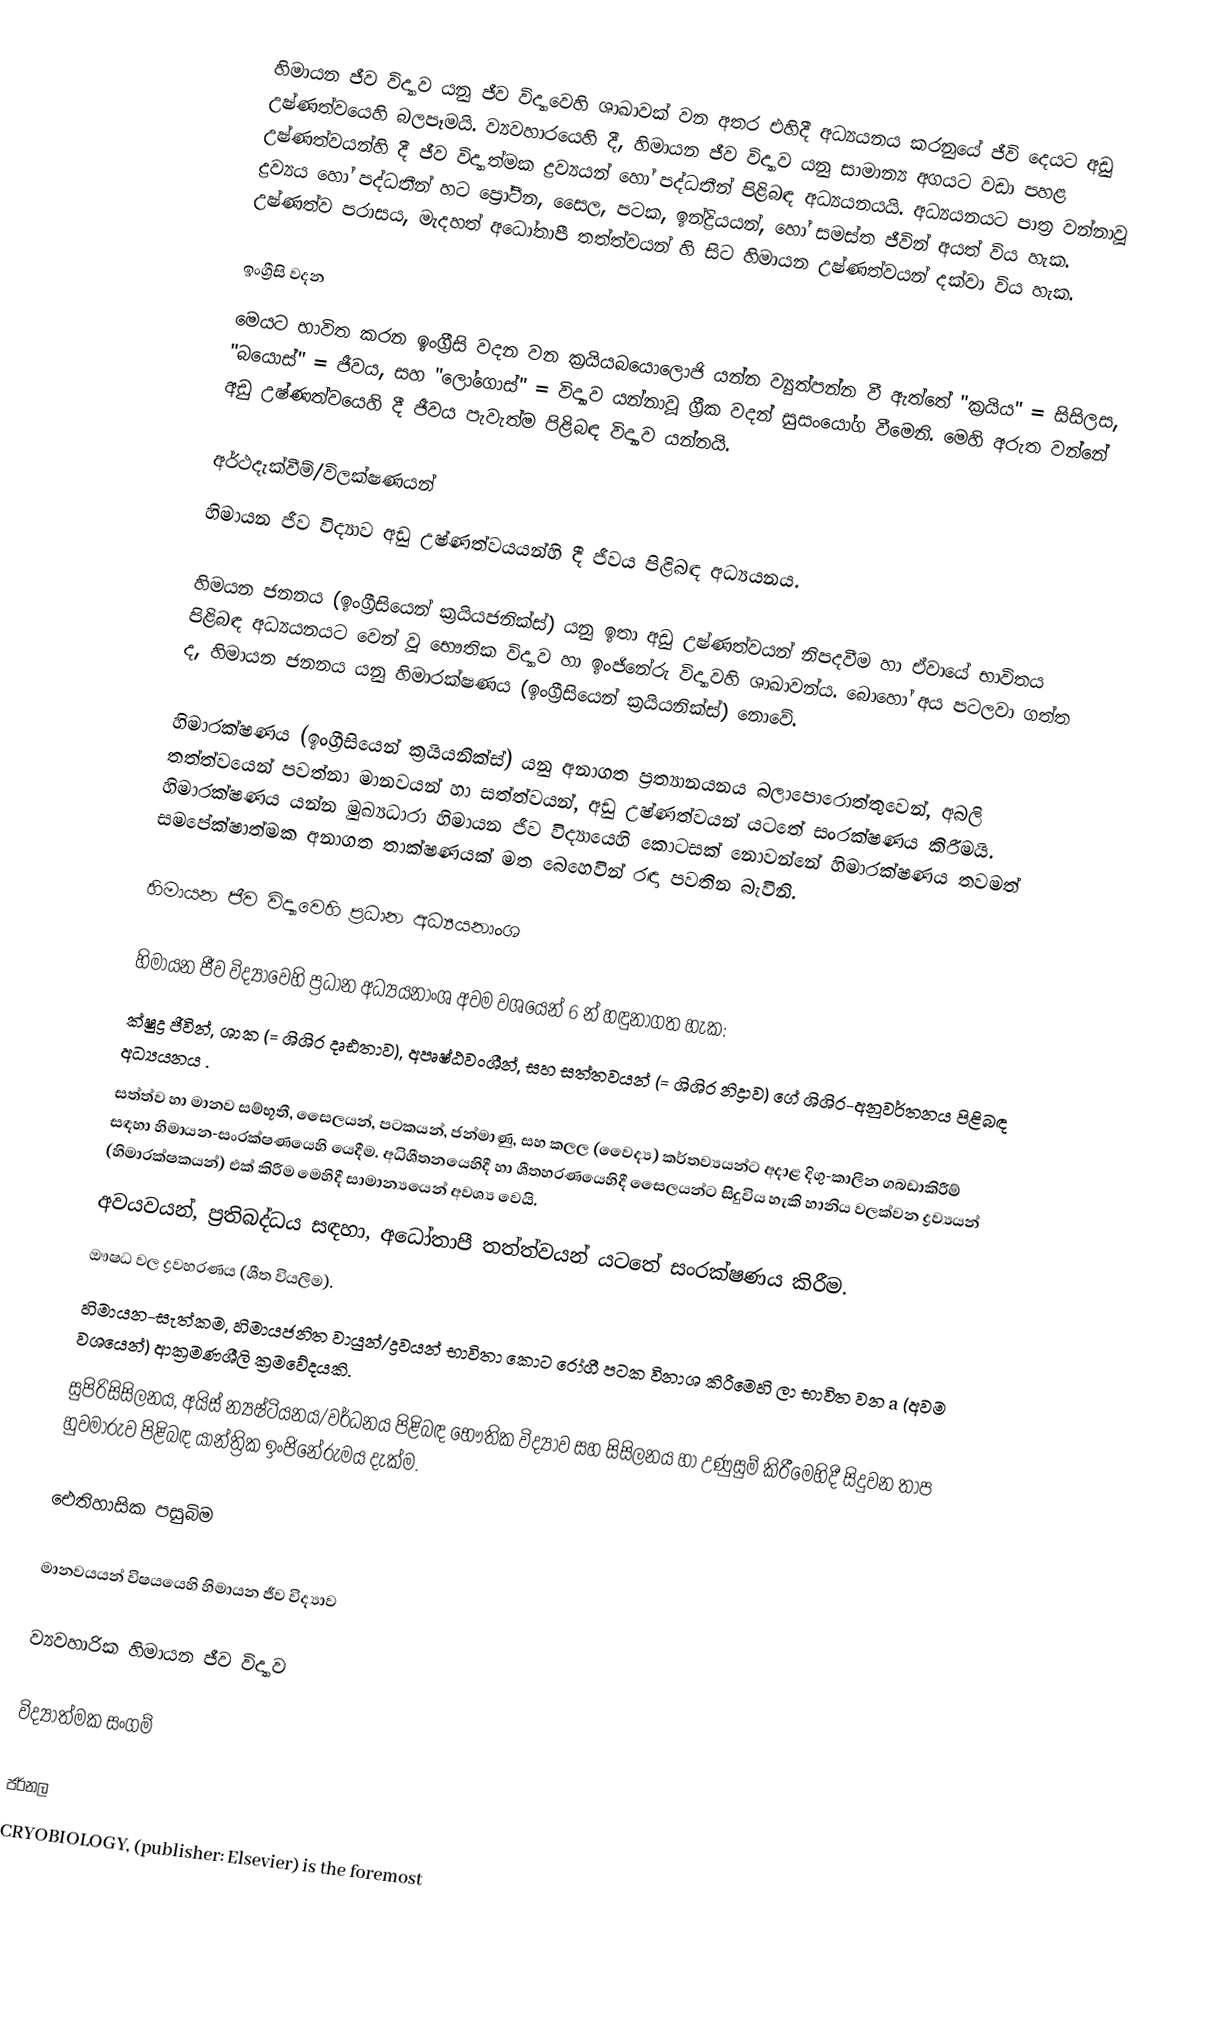
හිමායන ජීව විද්‍යාව යනු ජීව විද්‍යාවෙහි ශාඛාවක් වන අතර එහිදී අධ්‍යයනය කරනුයේ ජීවි දෙයට අඩු උෂ්ණත්වයෙහි බලපෑමයි. ව්‍යවහාරයෙහි දී, හිමායන ජීව විද්‍යාව යනු සාමාන්‍ය අගයට වඩා පහළ උෂ්ණත්වයන්හි දී ජීව විද්‍යාත්මක ද්‍රව්‍යයන් හෝ පද්ධතීන් පිළිබඳ අධ්‍යයනයයි. අධ්‍යයනයට පාත්‍ර වන්නාවූ ද්‍රව්‍යය හෝ පද්ධතීන් හට ප්‍රෝටීන, සෛල, පටක, ඉන්ද්‍රියයන්, හෝ සමස්ත ජීවින් අයත් විය හැක. උෂ්ණත්ව පරාසය, මැදහත් අධෝතාපී තත්ත්වයන් හි සිට හිමායන උෂ්ණත්වයන් දක්වා විය හැක.

ඉංග්‍රීසි වදන
මෙයට භාවිත කරන ඉංග්‍රීසි වදන වන ක්‍රයියබයොලොජි යන්න ව්‍යුත්පන්න වී ඇත්තේ "ක්‍රයිය" = සිසිලස, "බයොස්" = ජීවය, සහ "ලෝගොස්" = විද්‍යාව යන්නාවූ ග්‍රීක වදන් සුසංයෝග වීමෙනි. මෙහි අරුත වන්නේ අඩු උෂ්ණත්වයෙහි දී ජීවය පැවැත්ම පිළිබඳ විද්‍යාව යන්නයි.

අර්ථදැක්වීම්/විලක්ෂණයන්
හිමායන ජීව විද්‍යාව අඩු උෂ්ණත්වයයන්හි දී ජීවය පිළිබඳ අධ්‍යයනය.

හිමයන ජනනය (ඉංග්‍රීසියෙන් ක්‍රයියජනික්ස්) යනු ඉතා අඩු උෂ්ණත්වයන් නිපදවීම හා ඒවායේ භාවිතය පිළිබඳ අධ්‍යයනයට වෙන් වූ භෞතික විද්‍යාව හා ඉංජිනේරු විද්‍යාවහි ශාඛාවන්ය. බොහෝ අය පටලවා ගත්ත ද, හිමායන ජනනය යනු හිමාරක්ෂණය (ඉංග්‍රීසියෙන් ක්‍රයියනික්ස්) නොවේ.

හිමාරක්ෂණය (ඉංග්‍රීසියෙන් ක්‍රයියනික්ස්) යනු අනාගත ප්‍රත්‍යානයනය බලාපොරොත්තුවෙන්, අබලි තත්ත්වයෙන් පවත්නා මානවයන් හා සත්ත්වයන්, අඩු උෂ්ණත්වයන් යටතේ සංරක්ෂණය කිරීමයි. හිමාරක්ෂණය යන්න මුඛ්‍යධාරා හිමායන ජීව විද්‍යායෙහි කොටසක් නොවන්නේ හිමාරක්ෂණය තවමත් සමපේක්ෂාත්මක අනාගත තාක්ෂණයක් මත බෙහෙවින් රඳා පවතින බැවිනි.

හිමායන ජීව විද්‍යාවෙහි ප්‍රධාන අධ්‍යයනාංශ

හිමායන ජීව විද්‍යාවෙහි ප්‍රධාන අධ්‍යයනාංශ අවම වශයෙන් 6 න් හඳුනාගත හැක:
ක්ෂුද්‍ර ජීවින්, ශාක (= ශිශිර දෘඪතාව), අපෘෂ්ඨවංශීන්, සහ සත්තවයන් (= ශිශිර නිද්‍රාව) ගේ ශිශිර-අනුවර්තනය පිළිබඳ අධ්‍යයනය .
සත්ත්ව හා මානව සම්භූතී, සෛලයන්, පටකයන්, ජන්මාණු, සහ කලල (වෛද්‍ය) කර්තව්‍යයන්ට අදාළ දිගු-කාලීන ගබඩාකිරීම් සඳහා හිමායන-සංරක්ෂණයෙහි යෙදීම. අධිශීතනයෙහිදී හා ශීතහරණයෙහිදී සෛලයන්ට සිදුවිය හැකි හානිය වලක්වන ද්‍රව්‍යයන් (හිමාරක්ෂකයන්) එක් කිරීම මෙහිදී සාමාන්‍යයෙන් අවශ්‍ය වෙයි.
 අවයවයන්, ප්‍රතිබද්ධය සඳහා, අධෝතාපී තත්ත්වයන් යටතේ සංරක්ෂණය කිරීම.
 ඖෂධ වල ද්‍රවහරණය (ශීත වියලීම).
හිමායන-සැත්කම, හිමායජනිත වායුන්/ද්‍රවයන් භාවිතා කොට රෝගී පටක විනාශ කිරීමෙහි ලා භාවිත වන a (අවම වශයෙන්) ආක්‍රමණශීලි ක්‍රමවේදයකි.
සුපිරිසිසිලනය, අයිස් න්‍යෂ්ටියනය/වර්ධනය පිළිබඳ භෞතික විද්‍යාව සහ සිසිලනය හා උණුසුම් කිරීමෙහිදී සිදුවන තාප හුවමාරුව පිළිබඳ යාන්ත්‍රික ඉංජිනේරුමය දැක්ම.

‍ඓතිහාසික පසුබිම

මානවයයන් විෂයයෙහි හිමායන ජීව විද්‍යාව

ව්‍යවහාරික හිමායන ජීව විද්‍යාව

විද්‍යාත්මක සංගම්

ජර්නල
CRYOBIOLOGY, (publisher: Elsevier) is the foremost